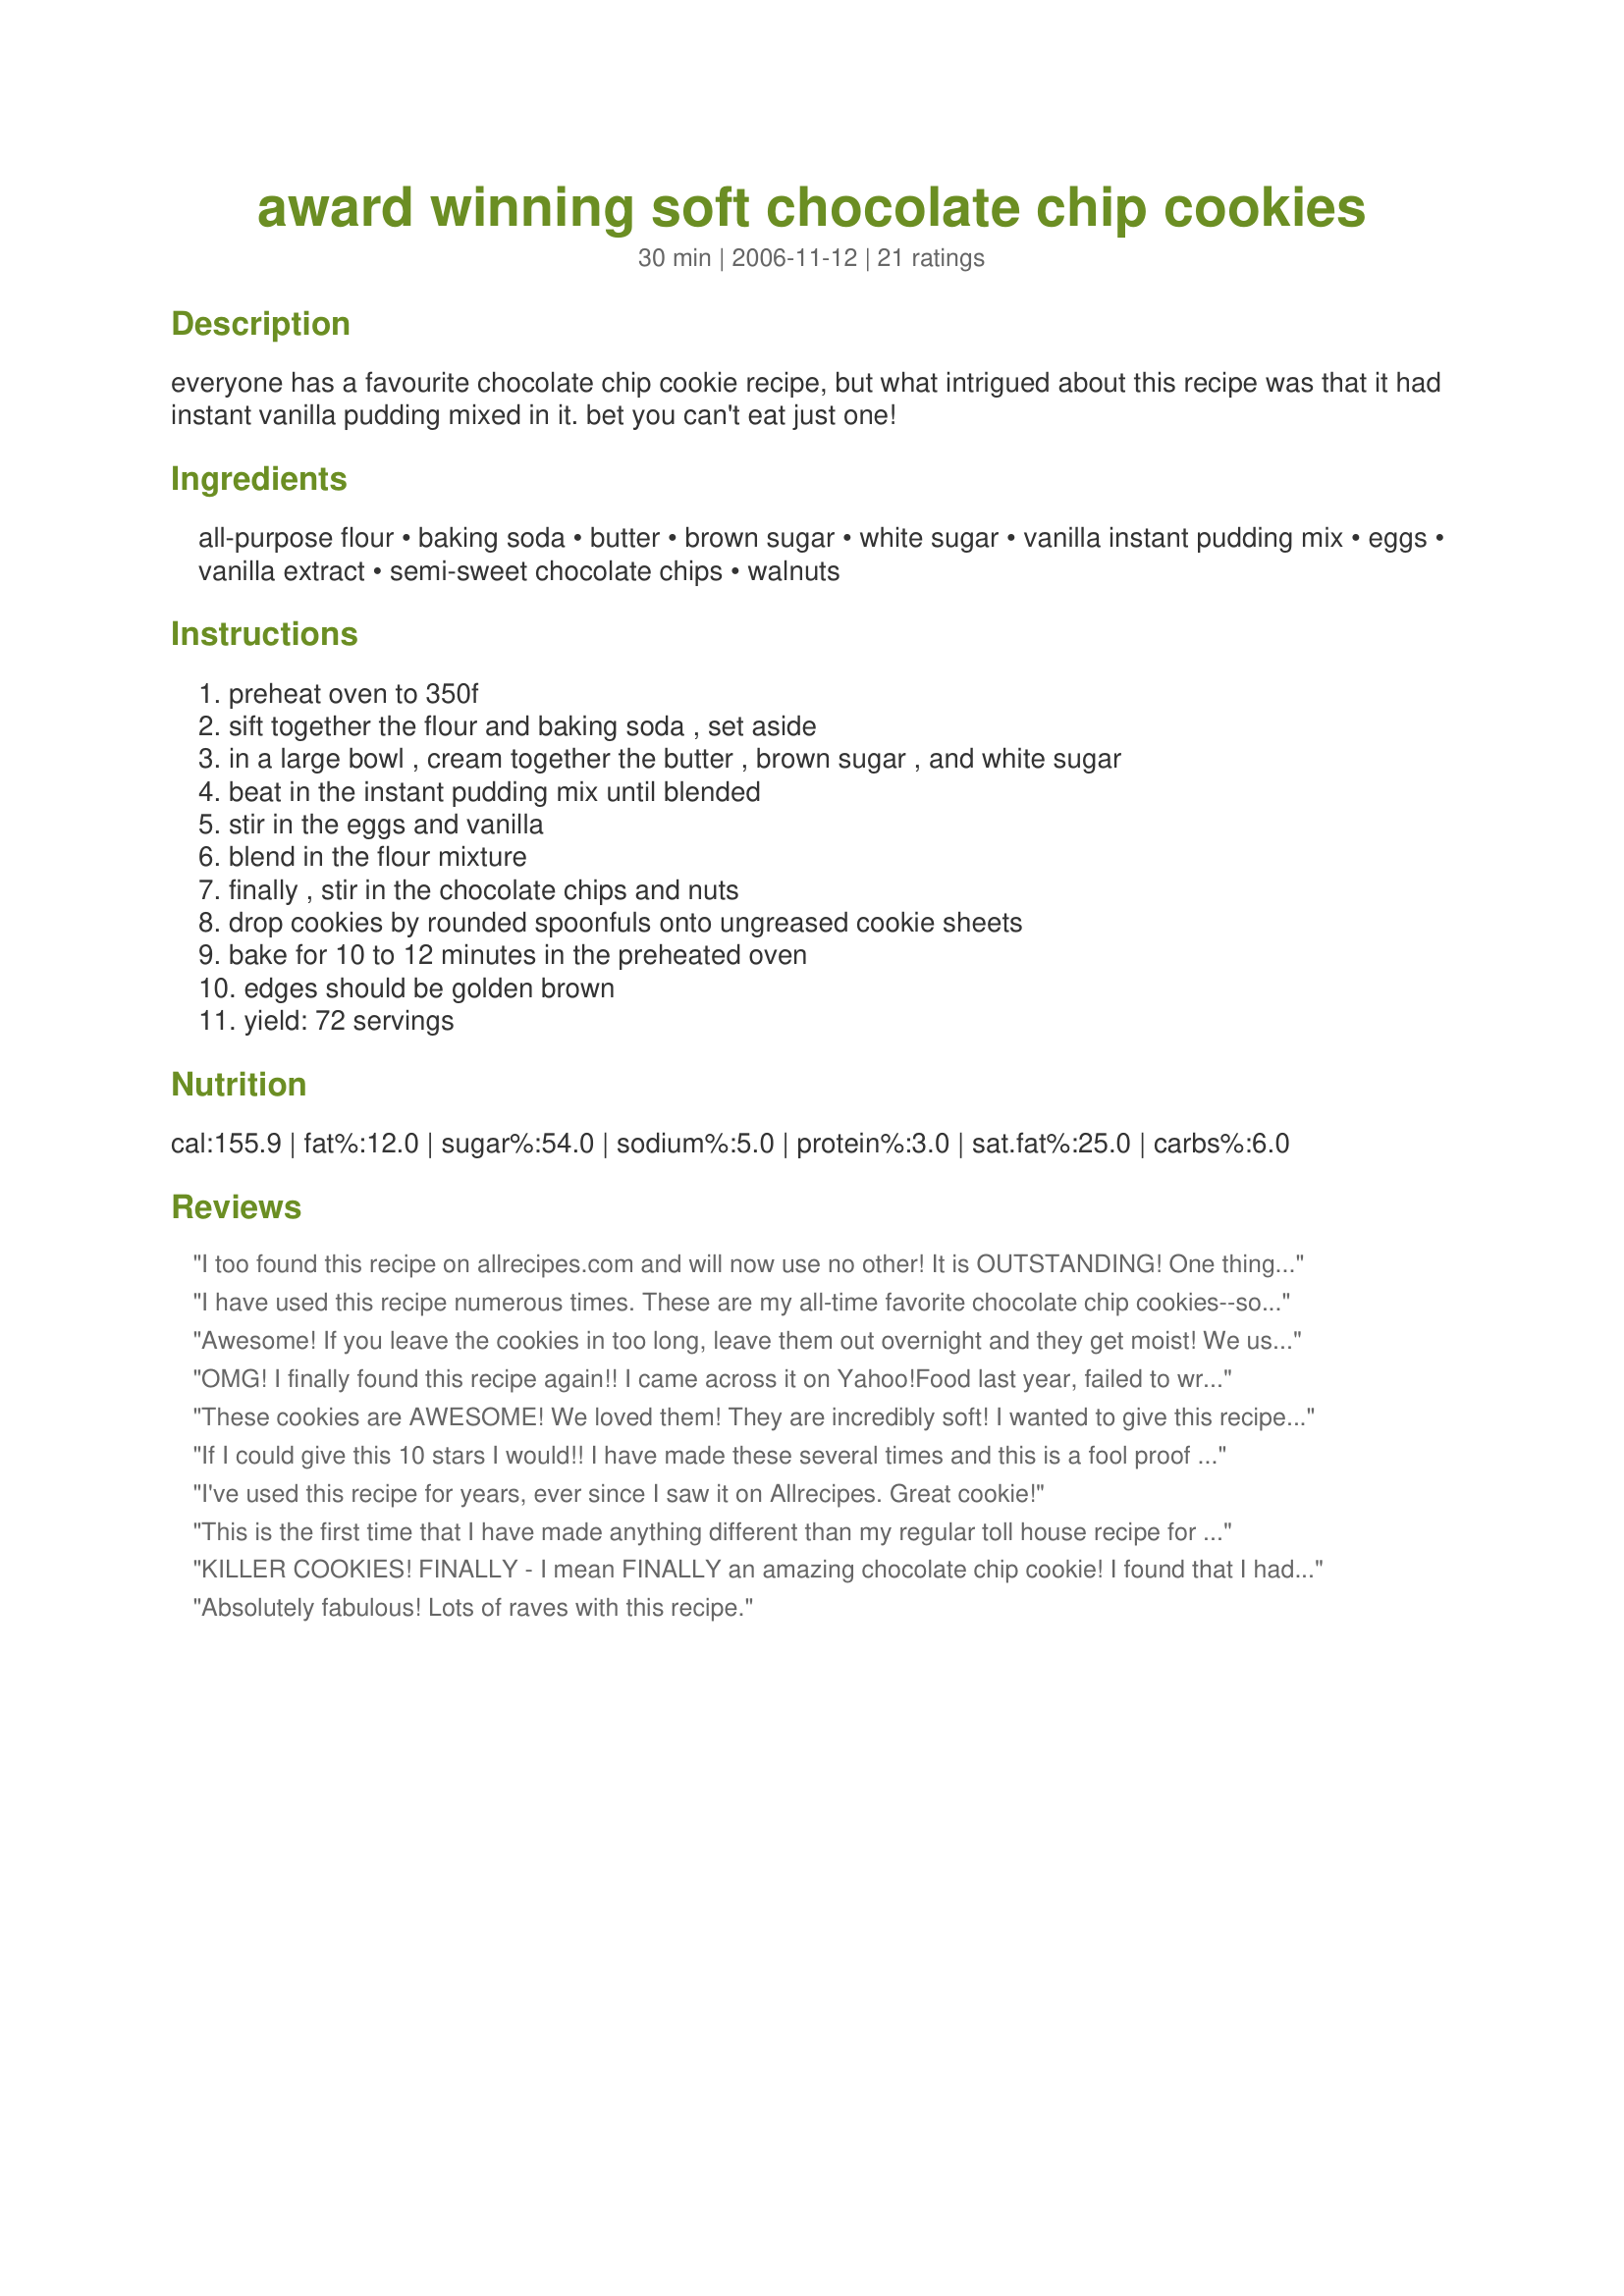
award winning soft chocolate chip cookies
Preparation time: 30 minutes

everyone has a favourite chocolate chip cookie recipe, but what intrigued about this recipe was that it had instant vanilla pudding mixed in it. bet you can't eat just one!

Ingredients:
all-purpose flour, baking soda, butter, brown sugar, white sugar, vanilla instant pudding mix, eggs, vanilla extract, semi-sweet chocolate chips, walnuts

Steps:
preheat oven to 350f, sift together the flour and baking soda , set aside, in a large bowl , cream together the butter , brown sugar , and white sugar, beat in the instant pudding mix until blended, stir in the eggs and vanilla, blend in the flour mixture, finally , stir in the chocolate chips and nuts, drop cookies by rounded spoonfuls onto ungreased cookie sheets, bake for 10 to 12 minutes in the preheated oven, edges should be golden brown, yield: 72 servings

Reviews:
I too found this recipe on allrecipes.com and will now use no other!
It is OUTSTANDING!
One thing I have found is that you can vary the flavor by using different flavored pudding. I have used white chocolate, cheesecake and pistashio.
I have used this recipe numerous times. These are my all-time favorite chocolate chip cookies--so soft and yummy. It's best to use butter and not margarine in this recipe. My experience has been that they spread more and tend to get crunchy if you use margarine.
Awesome! If you leave the cookies in too long, leave them out overnight and they get moist! We use one box of sugar free, fat free pudding and works good, too. We've tried it with lemon pudding and white chips, white chocolate pudding and butterscotch chips, as well as chocolate pudding with peanut butter chips! We love this recipe!
OMG! I finally found this recipe again!! 

I came across it on Yahoo!Food last year, failed to write it down, and the link no longer works... I made it so many times when I first found it that I had it memorized... then forgot it. LOL

AWESOME cookies! I use bread flour and it makes them so much more fluffy and chewy. My favorite variation was using Jell-O Chocolate pudding with the caramel chips in it. I also drizzled in some caramel that I melted with a little bit of heavy cream. Absolutely superb! 10 Stars!
These cookies are AWESOME! We loved them! They are incredibly soft! I wanted to give this recipe 5 stars, but I added some things: 2 tsp. baking powder, 2 tbs. vanilla extract and 1/2 tsp. salt. I also let the butter and eggs get to room temperature before using and chilled the dough before scooping onto the baking sheet. I used a (heaping) tablespoon to size the cookies. They baked perfectly at 12 minutes. -I usually have to bake things 2 minutes longer than minimum. This will be my go-to chocolate chip recipe from now on.
If I could give this 10 stars I would!! I have made these several times and this is a fool proof recipe!! Everyone loves these!
Thanks
I've used this recipe for years, ever since I saw it on Allrecipes. Great cookie!
This is the first time that I have made anything different than my regular toll house recipe for chocolate chippers and these were indeed fantastic! I halved the recipe and only had a large box of pudding mix so I just had to eyeball it for this time around, but it turned out great. I did have to bake my cookies for 14 minutes but I think that is becasue my oven is so terrible. They were cripsy on the oputside and soft in the inside without being underdone or raw tasting. I did omit the nuts this time only becasue I didn't have any but these were absolutely wonderful. I have noticed that they baked to a round, uniform shape, like a picture! Sometimes with my regular toll house recipe, they get too greasy or flat...not a problem with these..and the taste was just as fantastic! Thanks for the recipe, I will be making these in big batches to bring to work!
KILLER COOKIES! FINALLY - I mean FINALLY an amazing chocolate chip cookie! I found that I had to pat the cookeis down a bit b/c they didn't seem to spread. Also, my oven I guess was funky and the cookies started to brown on the bottom before the tops were done, so I had to do just 1 cookie sheet at a time and put a 2nd EMPTY bakingi sheet on the rack below to prevent the top cookie sheet from burning. Otherwise, ADDICTING cookie!!! LOVE THEM!
Absolutely fabulous! Lots of raves with this recipe.
I absolutely love these cookies I make them for every Family event we attend and needless to say everyone wants the recipe.....Anyone that doesn't love these cookies are just Ridiculous. I also use this cookie batter for all my cookies, that's just how much I love it! Awesome cookies plain and simple. I also love that fact that it makes a large amount of cookies in one shot!
excellent cookie recipe!! everyone that has tried these cookies love them. I usually follow the recipe and make some and freeze the rest of the dough for later sweet cravings.
Awesome Recipe!!! Great cookies everytime
Made this recipe as given, but when it came to the optional nuts, I used the dough to make 15 cookies & then added 1/2 a cup of the nuts to the remaining batter & made the rest with 'em! And although I personally liked them better without the nuts, they were all devoured in record time by 10 of us, just sitting around! Really thought the pudding added a nice texture to these, & then, of course, with all that chocolate, they were a chocoholic's joy! Thanks for sharing! [Made & reviewed in New Kids on the Block tag]
I gave these 3 stars, not because they aren't good, but because they were just OK. I took them to a church event and there was an overwhelming consensus that they all preferred the classic chocolate chip cookie without the instant pudding. I think that the cookie is good, but because it's different than what most are used to, it can disappoint when people are expecting the classic.
I've been making these for a while and they are, hands down, the BEST chocolate chip cookies ever!
Well no Wonder these are award winning cookies! They win THE Best Chocolate Chip Cookie I have ever eaten or made! Easy, and fun to make. And yes, it makes a HUGE batch! Which I love. I used one of those melon ballers to make my cookies, so they are a perfect size....at 11 minutes they came out Perfect! A sure keeper in my Favorite Recipes Journal !! :o) Thanks Sara!!
A unique twist on the standard choco-chip cookie. Not sure what the vanilla pudding mix does...but it does lend a nice vanilla=y taste. f:-)
Love the texture and taste of these cookies!!! I will be making these again and trying different variations with different puddings as the previous poster suggested. Great soft CC cookie, and thank you for posting this. :)
Pretty good, honestly i'm not a cookie person, these are for my teen sons. So I was 1/2 done putting the recipe together and realized I didn't have &quot;Instant vanilla pudding&quot; so I used Dr Oetker vanilla mousse with a sprinkle of Shiriff cooked vanilla pudding. It worked out well but they came out pretty thin even though I put tons of dough per cookie. Regardless they're good, but I think I'd honestly prefer them with no pudding mix, but the kids are loving these so I'd say they're a win ??
I had seen this recipe before and was so interested with having instant pudding in it. They turned out great! I like how they always stay soft. Everyone in the house just loves them. I baked mine for 11 minutes using a nice rounded Tablespoon of cookie dough per cookie. I will for sure be making these again! Thanks
